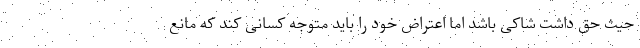
حیث حق داشت شاکی باشد اما اعتراض خود را باید متوجه کسانی کند که مانع